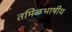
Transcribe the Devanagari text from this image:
तमिळभाषीय